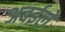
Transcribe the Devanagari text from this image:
अबईले